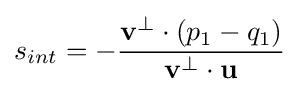
s_{int}=-{\frac {\mathbf {v} ^{\perp }\cdot (p_{1}-q_{1})}{\mathbf {v} ^{\perp }\cdot \mathbf {u} }}